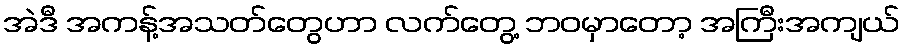
အဲဒီ အကန့်အသတ်တွေဟာ လက်တွေ့ ဘဝမှာတော့ အကြီးအကျယ်